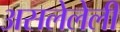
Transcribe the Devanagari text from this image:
असलेलेली